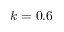
k = 0 . 6